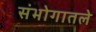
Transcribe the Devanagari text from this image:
संभोगातले